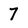
Character: 7